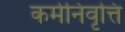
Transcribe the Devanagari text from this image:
कर्मनिवृत्ति